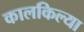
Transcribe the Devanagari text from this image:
कालकिल्या